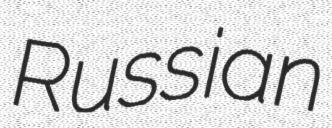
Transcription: Russian